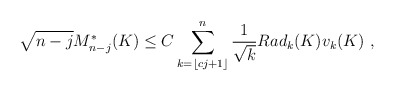
\begin{align*}\sqrt{n-j} M_{n-j}^*(K) \leq C \sum_{k= \lfloor c j + 1 \rfloor }^n \frac{1}{\sqrt{k}} Rad_k(K) v_k(K) ~,\end{align*}